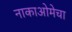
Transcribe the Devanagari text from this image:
नाकाओमेचा